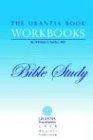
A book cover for The Urantia Book Workbooks: Volume 6 - Bible Study; William S. Sadler; Religion & Spirituality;